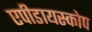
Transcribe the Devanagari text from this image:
एपीडायस्कोप